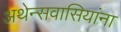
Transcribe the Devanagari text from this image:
अथेन्सवासियांना